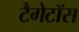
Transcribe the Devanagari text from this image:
टैगेटॉस